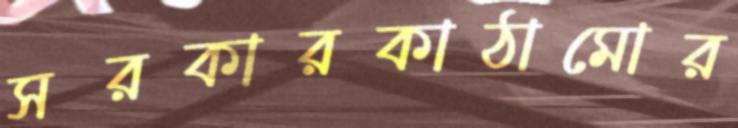
সরকারকাঠামোর